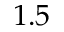
1 . 5